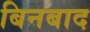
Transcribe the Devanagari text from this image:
बिनबाद